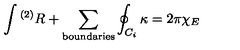
\int { } ^ { ( 2 ) } R + \sum _ { \mathrm { b o u n d a r i e s } } \oint _ { C _ { i } } \kappa = 2 \pi \chi _ { E }